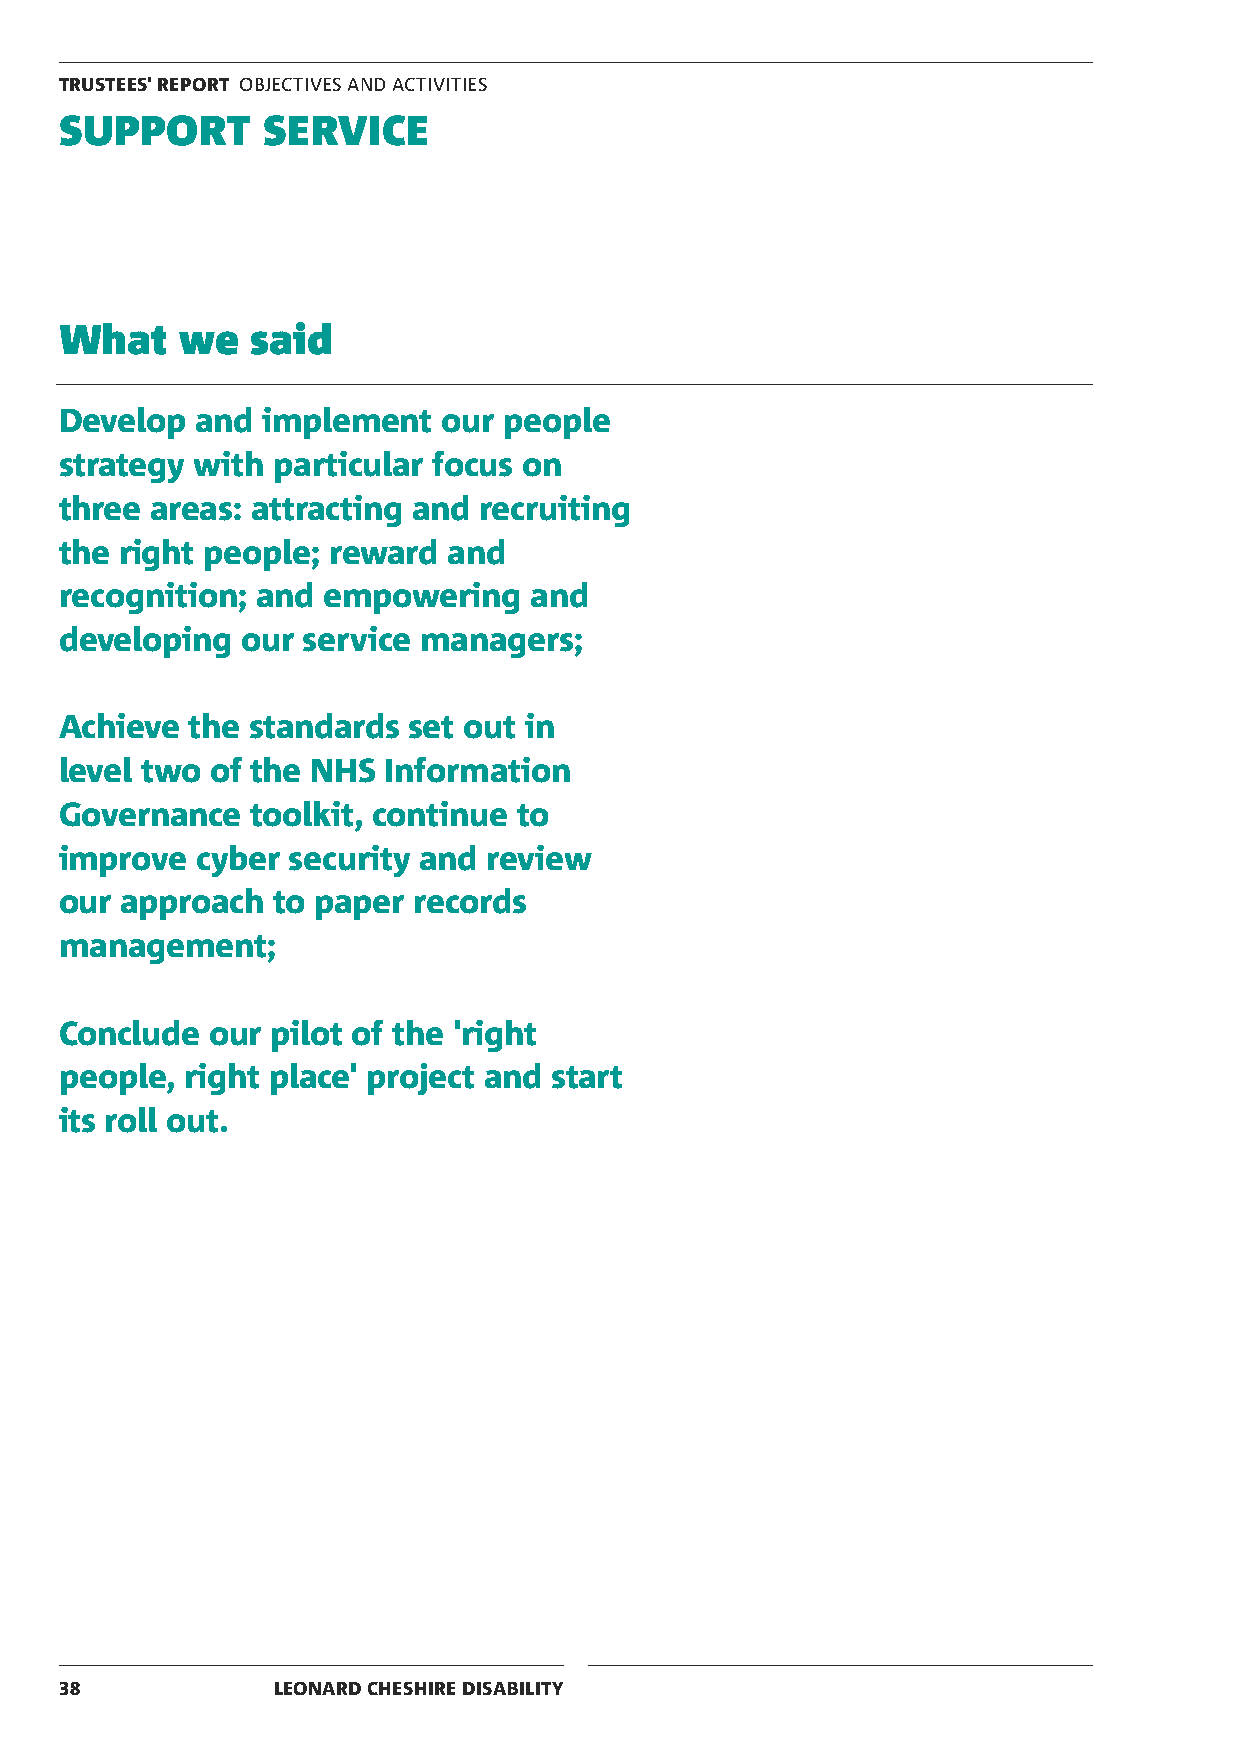
TRUSTEES' REPORT OBJECTIVES AND ACTIVITIES
 SUPPORT      SERVICE
 What    we   said
 Develop  and implement   our people
 strategy with particular focus on
 three areas: attracting and recruiting
 the right people; reward  and
 recognition; and empowering    and
 developing  our service managers;
 Achieve  the standards set out in
 level two of the NHS Information
 Governance   toolkit, continue to
 improve  cyber security and review
 our approach  to paper records
 management;
 Conclude  our pilot of the 'right
 people, right place' project and start
 its roll out.
 38            LEONARD CHESHIRE DISABILITY